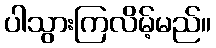
ပါသွားကြလိမ့်မည်။